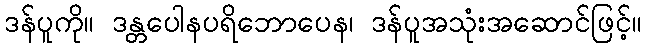
ဒန်ပူကို။ ဒန္တပေါနပရိဘောပေန၊ ဒန်ပူအသုံးအဆောင်ဖြင့်။